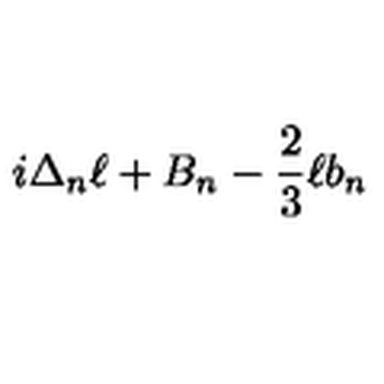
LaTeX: i \Delta _ { n } \ell + B _ { n } - { \frac { 2 } { 3 } } \ell b _ { n }